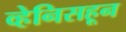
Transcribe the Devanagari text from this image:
व्हेनिसहून